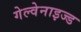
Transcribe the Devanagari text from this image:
गेल्वेनाइज्ड